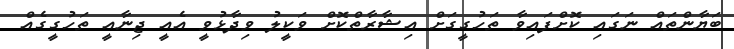
ބަޔާންތައް ނަގައި ކޮށްފައިވާ ތަހުގީގަށް އިޝާރާތްކޮށް ވަކީލު ވިދާޅުވީ އެއީ ޖިނާއީ ތަހުގީގެއް